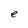
Character: e